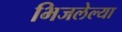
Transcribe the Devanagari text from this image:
भिजलेल्या